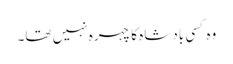
وہ کسی بادشاہ کا چہرہ نہیں تھا۔